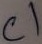
Text: C1